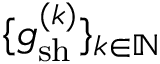
\{ \mathfrak { g } _ { \mathrm { s h } } ^ { ( k ) } \} _ { k \in \mathbb { N } }